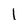
Character: l